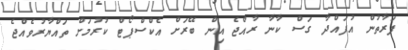
ފަރާތުން އުފައްދާ ގަސް ކާނާ ރާއްޖެ އިން ބޭރަށް އެކްސްޕޯޓް ކުރުމަށް ތައްޔާރުވެއްޖެ